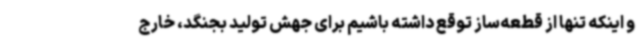
و اینکه تنها از قطعه‌ساز توقع داشته باشیم برای جهش تولید بجنگد، خارج